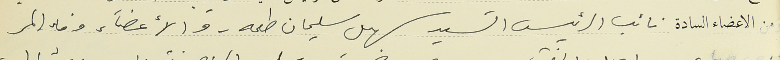
الاعضاء السادة نائب الرئيس السَيد سهيل سليمان طعمه . والأعضآء وفاء المر